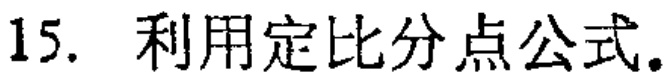
15. 利用定比分点公式。